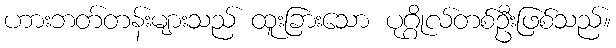
ဟားဘတ်တန်းများသည် ထူးခြားသော ပုဂ္ဂိုလ်တစ်ဦးဖြစ်သည်။